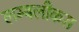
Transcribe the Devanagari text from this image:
लम्बलीकस